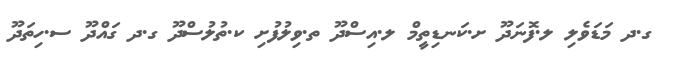
ގ.ދ މަޑަވެލި ލ.ފޮނަދޫ ށ.ކަނޑިތީމް ލ.އިސްދޫ ތ.ވިލުފުށި ކ.ތުލުސްދޫ ގ.ދ ގައްދޫ ސ.ހިތަދޫ